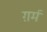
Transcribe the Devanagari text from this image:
ग़र्म